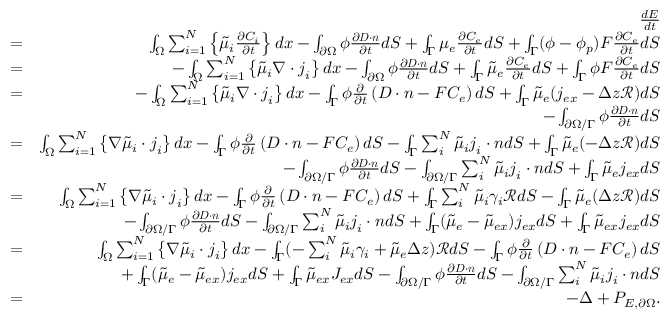
\begin{array} { r l r } & { } & { \frac { d E } { d t } } \\ & { = } & { \int _ { \Omega } \sum _ { i = 1 } ^ { N } \left\{ \tilde { \mu } _ { i } \frac { \partial C _ { i } } { \partial t } \right\} d x - \int _ { \partial \Omega } \phi \frac { \partial \boldsymbol { D } \cdot \boldsymbol { n } } { \partial t } d S + \int _ { \Gamma } \mu _ { e } \frac { \partial C _ { e } } { \partial t } d S + \int _ { \Gamma } ( \phi - \phi _ { p } ) F \frac { \partial C _ { e } } { \partial t } d S } \\ & { = } & { - \int _ { \Omega } \sum _ { i = 1 } ^ { N } \left\{ \tilde { \mu } _ { i } \nabla \cdot \boldsymbol { j } _ { i } \right\} d x - \int _ { \partial \Omega } \phi \frac { \partial \boldsymbol { D } \cdot \boldsymbol { n } } { \partial t } d S + \int _ { \Gamma } \tilde { \mu } _ { e } \frac { \partial C _ { e } } { \partial t } d S + \int _ { \Gamma } \phi F \frac { \partial C _ { e } } { \partial t } d S } \\ & { = } & { - \int _ { \Omega } \sum _ { i = 1 } ^ { N } \left\{ \tilde { \mu } _ { i } \nabla \cdot \boldsymbol { j } _ { i } \right\} d x - \int _ { \Gamma } \phi \frac { \partial } { \partial t } \left( \boldsymbol { D } \cdot \boldsymbol { n } - F C _ { e } \right) d S + \int _ { \Gamma } \tilde { \mu } _ { e } ( j _ { e x } - \Delta z \mathcal { R } ) d S } \\ & { } & { - \int _ { \partial \Omega / \Gamma } \phi \frac { \partial \boldsymbol { D } \cdot \boldsymbol { n } } { \partial t } d S } \\ & { = } & { \int _ { \Omega } \sum _ { i = 1 } ^ { N } \left\{ \nabla \tilde { \mu } _ { i } \cdot \boldsymbol { j } _ { i } \right\} d x - \int _ { \Gamma } \phi \frac { \partial } { \partial t } \left( \boldsymbol { D } \cdot \boldsymbol { n } - F C _ { e } \right) d S - \int _ { \Gamma } \sum _ { i } ^ { N } \tilde { \mu } _ { i } \boldsymbol { j } _ { i } \cdot \boldsymbol { n } d S + \int _ { \Gamma } \tilde { \mu } _ { e } ( - \Delta z \mathcal { R } ) d S } \\ & { } & { - \int _ { \partial \Omega / \Gamma } \phi \frac { \partial \boldsymbol { D } \cdot \boldsymbol { n } } { \partial t } d S - \int _ { \partial \Omega / \Gamma } \sum _ { i } ^ { N } \tilde { \mu } _ { i } \boldsymbol { j } _ { i } \cdot \boldsymbol { n } d S + \int _ { \Gamma } \tilde { \mu } _ { e } j _ { e x } d S } \\ & { = } & { \int _ { \Omega } \sum _ { i = 1 } ^ { N } \left\{ \nabla \tilde { \mu } _ { i } \cdot \boldsymbol { j } _ { i } \right\} d x - \int _ { \Gamma } \phi \frac { \partial } { \partial t } \left( \boldsymbol { D } \cdot \boldsymbol { n } - F C _ { e } \right) d S + \int _ { \Gamma } \sum _ { i } ^ { N } \tilde { \mu } _ { i } \gamma _ { i } \mathcal { R } d S - \int _ { \Gamma } \tilde { \mu } _ { e } ( \Delta z \mathcal { R } ) d S } \\ & { } & { - \int _ { \partial \Omega / \Gamma } \phi \frac { \partial \boldsymbol { D } \cdot \boldsymbol { n } } { \partial t } d S - \int _ { \partial \Omega / \Gamma } \sum _ { i } ^ { N } \tilde { \mu } _ { i } \boldsymbol { j } _ { i } \cdot \boldsymbol { n } d S + \int _ { \Gamma } ( \tilde { \mu } _ { e } - \tilde { \mu } _ { e x } ) j _ { e x } d S + \int _ { \Gamma } \tilde { \mu } _ { e x } j _ { e x } d S } \\ & { = } & { \int _ { \Omega } \sum _ { i = 1 } ^ { N } \left\{ \nabla \tilde { \mu } _ { i } \cdot \boldsymbol { j } _ { i } \right\} d x - \int _ { \Gamma } ( - \sum _ { i } ^ { N } \tilde { \mu } _ { i } \gamma _ { i } + \tilde { \mu } _ { e } \Delta z ) \mathcal { R } d S - \int _ { \Gamma } \phi \frac { \partial } { \partial t } \left( \boldsymbol { D } \cdot \boldsymbol { n } - F C _ { e } \right) d S } \\ & { } & { + \int _ { \Gamma } ( \tilde { \mu } _ { e } - \tilde { \mu } _ { e x } ) j _ { e x } d S + \int _ { \Gamma } \tilde { \mu } _ { e x } J _ { e x } d S - \int _ { \partial \Omega / \Gamma } \phi \frac { \partial \boldsymbol { D } \cdot \boldsymbol { n } } { \partial t } d S - \int _ { \partial \Omega / \Gamma } \sum _ { i } ^ { N } \tilde { \mu } _ { i } \boldsymbol { j } _ { i } \cdot \boldsymbol { n } d S } \\ & { = } & { - \Delta + P _ { E , \partial \Omega } . } \end{array}